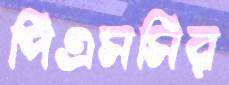
পিএসসির